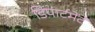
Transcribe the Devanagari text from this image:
डिपार्टमेंटे